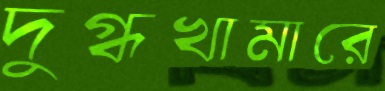
দুগ্ধখামারে